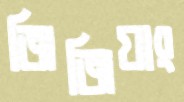
জিজিয়াং